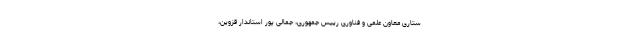
ستاری معاون علمی و فناوری رییس جمهوری، جمالی پور استاندار قزوین،